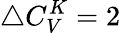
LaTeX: \bigtriangleup C_{V}^{K}=2